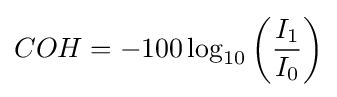
COH=-100\log _{10}\left({\frac {I_{1}}{I_{0}}}\right)